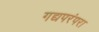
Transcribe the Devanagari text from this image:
गद्यपरंपरा